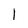
Character: l